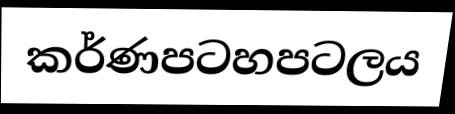
කර්ණපටහපටලය